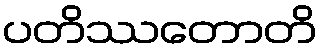
ပတိဿတောတိ